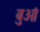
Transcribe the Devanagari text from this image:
बुओं